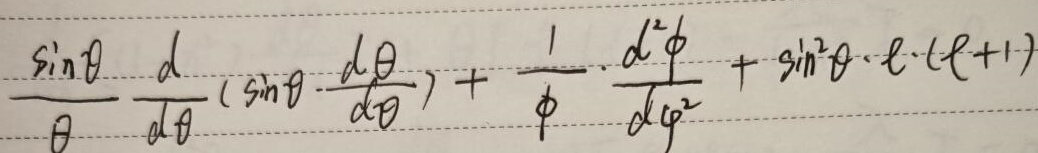
\[
\frac{\sin\theta}{\theta}\frac{d}{d\theta}\left(\sin\theta\frac{d\theta}{d\theta}\right)+\frac{1}{\phi}\frac{d^{2}\phi}{d\varphi^{2}}+\sin^{2}\theta\cdot\ell\cdot(\ell + 1)
\]